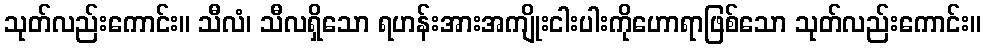
သုတ်လည်းကောင်း။ သီလံ၊ သီလရှိသော ရဟန်းအားအကျိုးငါးပါးကိုဟောရာဖြစ်သော သုတ်လည်းကောင်း။